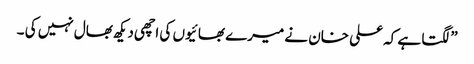
”لگتا ہے کہ علی خان نے میرے بھائیوں کی اچھی دیکھ بھال نہیں کی ۔